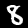
Label: 8